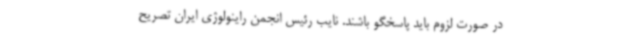
در صورت لزوم باید پاسخگو باشند. نایب رئیس انجمن راینولوژی ایران تصریح